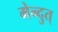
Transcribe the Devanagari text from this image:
मेन्दुत्